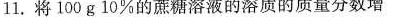
11.将100g10%的蔗糖溶液的溶质的质量分数增